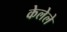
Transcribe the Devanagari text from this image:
केलेेले